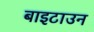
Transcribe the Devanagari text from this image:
बाइटाउन